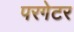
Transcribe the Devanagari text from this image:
परगेटर